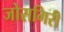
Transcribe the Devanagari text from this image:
जोसगिरी